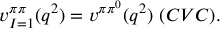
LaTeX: v _ { I = 1 } ^ { \pi \pi } ( q ^ { 2 } ) = v ^ { \pi \pi ^ { 0 } } ( q ^ { 2 } ) ~ ( C V C ) .